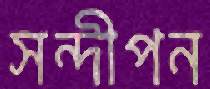
সন্দীপন